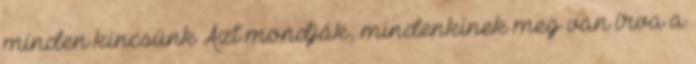
minden kincsünk Azt mondják, mindenkinek meg van írva a